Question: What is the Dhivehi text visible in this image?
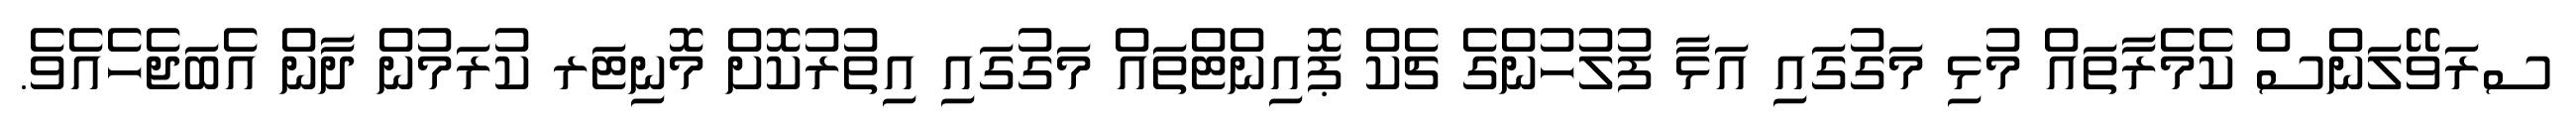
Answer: ސރަވޭލަންސް ކެމެރާތައް މުޅި މަގުގައި އަޅާ ފުލުހުންގެ ޗެކް ޕޮއިންޓްތައް މަގުގައި އިތުރުކޮށް މޮނިޓަރ ކުރަމުން ދާން އެބަޖެހެއެވެ.